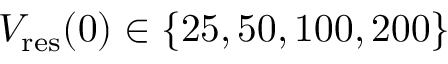
V _ { \mathrm { r e s } } ( 0 ) \in \{ 2 5 , 5 0 , 1 0 0 , 2 0 0 \}